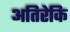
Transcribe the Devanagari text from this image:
अतिरेकि